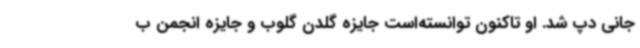
جانی دپ شد. او تاکنون توانسته‌است جایزه گلدن گلوب و جایزه انجمن ب